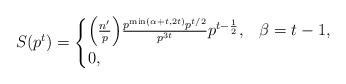
LaTeX: \begin{align*}S(p^t)= \begin{cases} \Big(\frac{n^{\prime}}{p} \Big)\frac{ p^{\min(\alpha+t,2t)}p^{t/2}}{p^{3t}}p^{t-\frac{1}{2}},& \beta=t-1 ,\\0, &\end{cases}\end{align*}